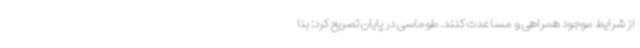
از شرایط موجود همراهی و مساعدت کنند. طوماسی در پایان تصریح کرد: بنا